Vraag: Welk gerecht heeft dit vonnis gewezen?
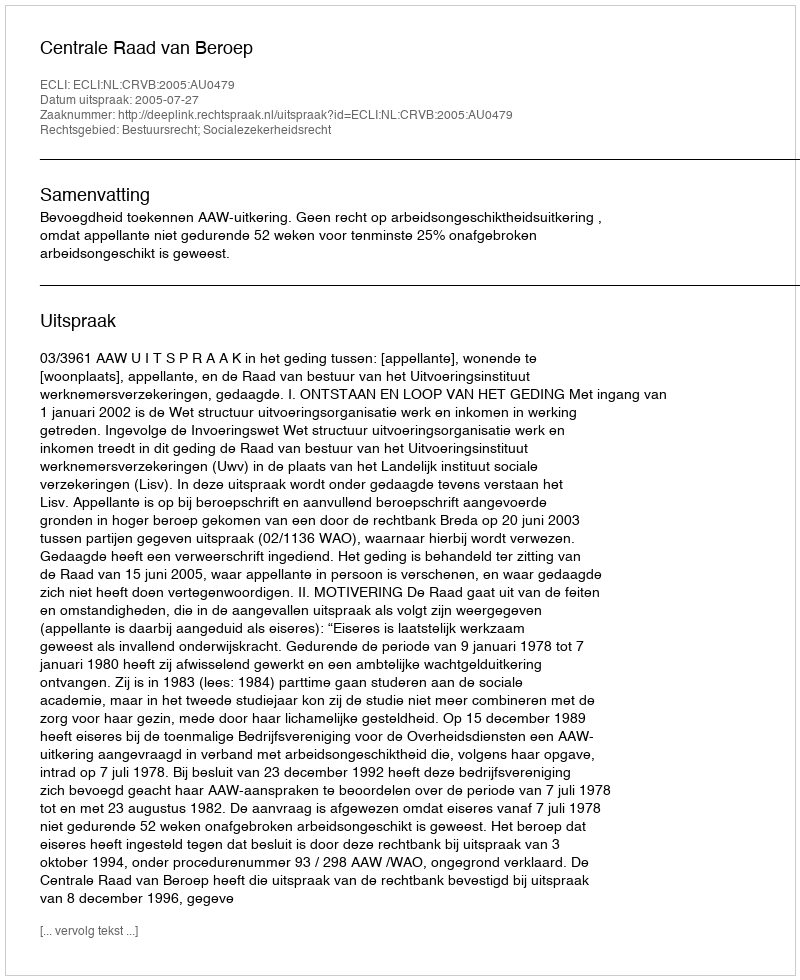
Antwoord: Centrale Raad van Beroep